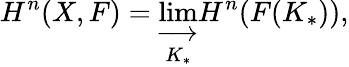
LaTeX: H^{n}(X,F)=\varinjlim_{K_{*}}H^{n}(F(K_{*})),